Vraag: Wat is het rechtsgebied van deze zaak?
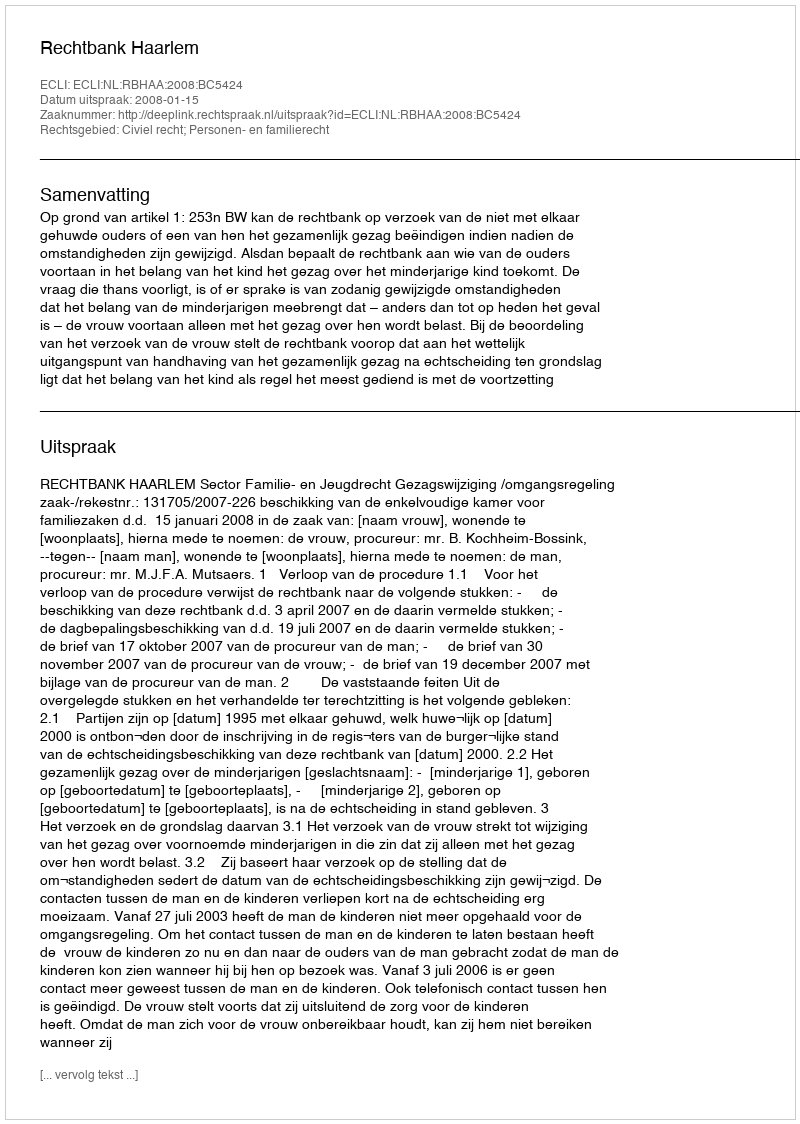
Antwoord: Civiel recht; Personen- en familierecht